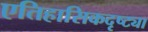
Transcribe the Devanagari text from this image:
एतिहासिकदृष्ट्या